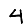
Digit: 4